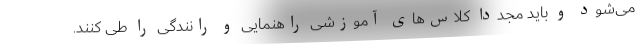
می‌شود و باید مجددا کلاس‌های آموزشی راهنمایی و رانندگی را طی کنند.